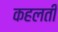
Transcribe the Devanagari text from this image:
कहलती